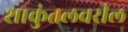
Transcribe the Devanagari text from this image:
शाकुंतलवरील